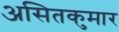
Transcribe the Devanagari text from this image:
असितकुमार